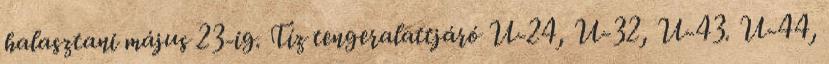
halasztani május 23-ig. Tíz tengeralattjáró U-24, U-32, U-43. U-44,